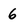
Character: 6